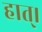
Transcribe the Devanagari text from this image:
हात्।